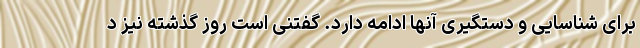
برای شناسایی و دستگیری آنها ادامه دارد. گفتنی است روز گذشته نیز د